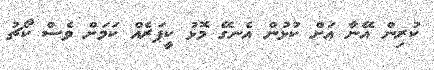
ކުރިން އޭނާ އަށް ކުޅުން އެނގޭ މޮޅު ކީޕަރެއް ކަމަށް ވެސް ކޯޗު